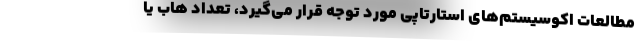
مطالعات اکوسیستم‌های استارتاپی مورد توجه قرار می‌گیرد، تعداد هاب یا